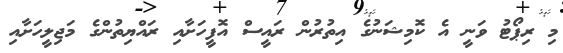
މި ރިޕޯޓު ވަނީ އެ ކޮމިޝަނުގެ އިތުރުން ރައީސް އޮފީހަށާއި ރައްޔިތުންގެ މަޖިލީހަށާއި